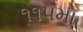
૧૧૫મો